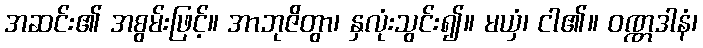
အဆင်း၏ အစွမ်းဖြင့်။ အာဘုဇိတွာ၊ နှလုံးသွင်း၍။ မယှံ၊ ငါ၏။ ဝဏ္ဏဒါနံ၊